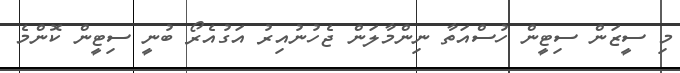
މި ސީޒަން ސިޓީން ހުސްއަތާ ނިންމާލަން ޖެހުނުއިރު އަގުއެރޯ ބުނީ ސިޓީން ކޮންމެ